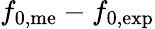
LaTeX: f_{\mathrm{0,me}}-f_{\mathrm{0,exp}}